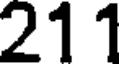
211